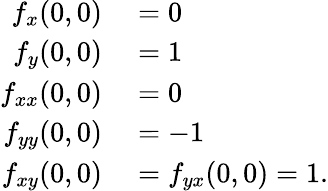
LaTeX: \begin{array}{rl}{f_{x}(0,0)}&{{}=0}\\ {f_{y}(0,0)}&{{}=1}\\ {f_{xx}(0,0)}&{{}=0}\\ {f_{yy}(0,0)}&{{}=-1}\\ {f_{xy}(0,0)}&{{}=f_{yx}(0,0)=1.}\end{array}